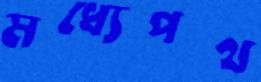
মধ্যেপথ